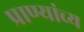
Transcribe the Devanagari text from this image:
प्राण्यांच्य